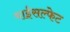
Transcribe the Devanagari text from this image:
बाईसल्फेट